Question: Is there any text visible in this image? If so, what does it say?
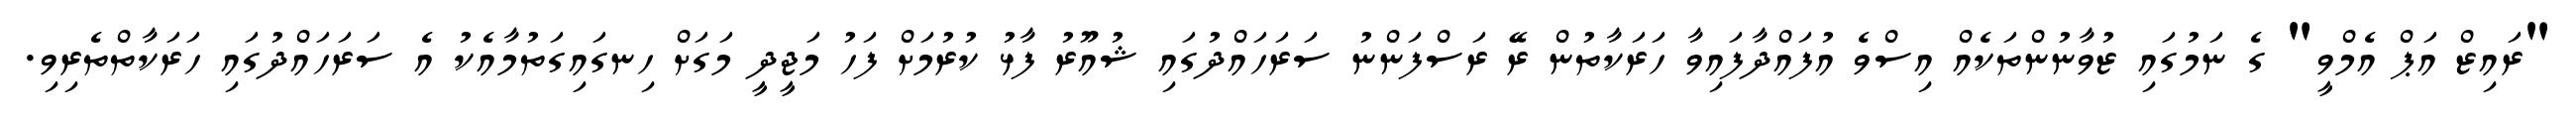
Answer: "ރައިޒް އަޕް އެމްވީ" ގެ ނަމުގައި ޒުވާނުންތަކެއް އިސްވެ އުފައްދާފައިވާ ހަރަކާތުން ރޭ ރަސްފަންނު ސަރަހައްދުގައި ޝުއޫރު ފާޅު ކުރުމަށް ފަހު މަޖީދީ މަގަށް ހިނގައިގަތުމާއެކު އެ ސަރަހައްދުގައި ހަރަކާތްތެރިވި.